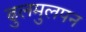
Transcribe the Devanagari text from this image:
ढुलमुलपन